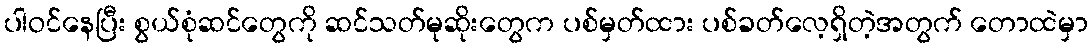
ပါဝင်နေပြီး စွယ်စုံဆင်တွေကို ဆင်သတ်မုဆိုးတွေက ပစ်မှတ်ထား ပစ်ခတ်လေ့ရှိတဲ့အတွက် တောထဲမှာ